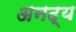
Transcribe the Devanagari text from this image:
अनद्य